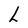
Character: L